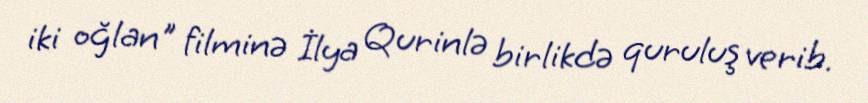
iki oğlan" filminə İlya Qurinlə birlikdə quruluş verib.